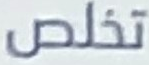
تخلص